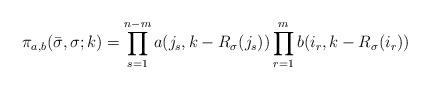
LaTeX: \begin{align*} \pi_{a,b}(\bar{\sigma},\sigma;k)=\prod_{s=1}^{n-m}a(j_s,k-R_{\sigma}(j_s)) \prod_{r=1}^{m}b(i_r,k-R_{\sigma}(i_r))\end{align*}